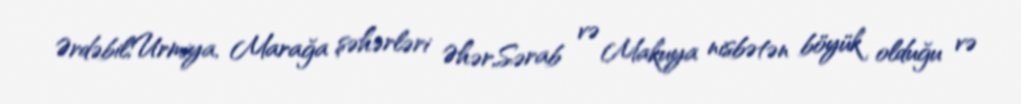
Ərdəbil,Urmiya, Marağa şəhərləri Əhər,Sərab və Makuya nisbətən böyük olduğu və